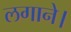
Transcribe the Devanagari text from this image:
लगाने।